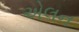
એલન